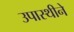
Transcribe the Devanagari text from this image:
उपास्थीने